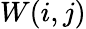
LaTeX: W(i,j)